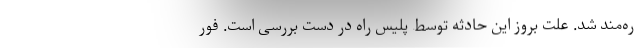
ره‌مند شد. علت بروز این حادثه توسط پلیس راه در دست بررسی است. فور